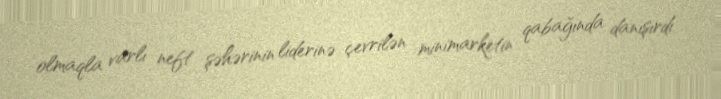
olmaqla varlı neft şəhərinin liderinə çevrilən minimarketin qabağında danışırdı